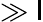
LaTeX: \gg\mathsf{l}